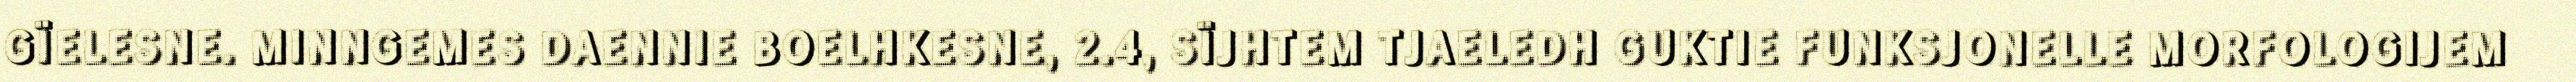
GÏELESNE. MINNGEMES DAENNIE BOELHKESNE, 2.4, SÏJHTEM TJAELEDH GUKTIE FUNKSJONELLE MORFOLOGIJEM